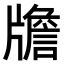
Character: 𤗻